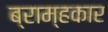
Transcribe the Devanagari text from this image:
ब्राम्हकार